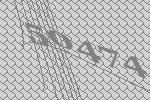
50474